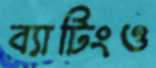
ব্যাটিংও